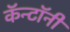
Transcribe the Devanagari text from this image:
कॅन्टॉनी